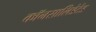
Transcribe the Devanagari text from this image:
कॉनसालिडेटेड